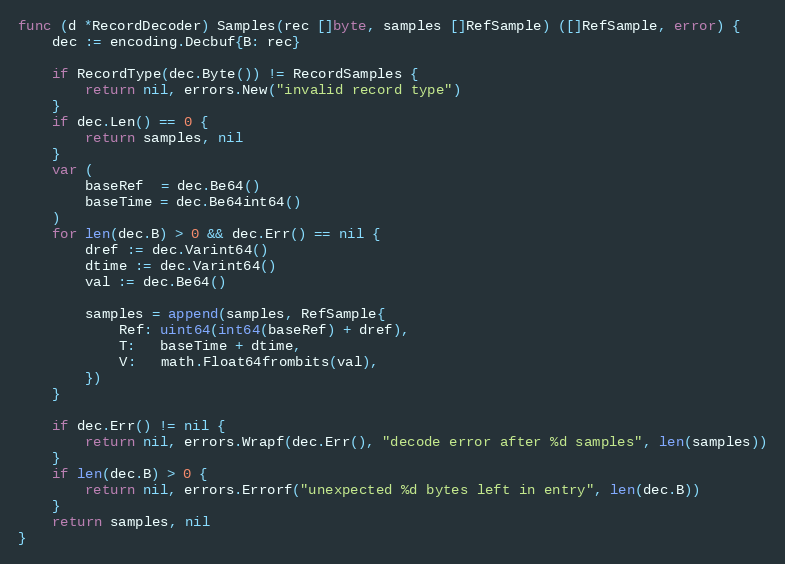
Language: Go
func (d *RecordDecoder) Samples(rec []byte, samples []RefSample) ([]RefSample, error) {
	dec := encoding.Decbuf{B: rec}

	if RecordType(dec.Byte()) != RecordSamples {
		return nil, errors.New("invalid record type")
	}
	if dec.Len() == 0 {
		return samples, nil
	}
	var (
		baseRef  = dec.Be64()
		baseTime = dec.Be64int64()
	)
	for len(dec.B) > 0 && dec.Err() == nil {
		dref := dec.Varint64()
		dtime := dec.Varint64()
		val := dec.Be64()

		samples = append(samples, RefSample{
			Ref: uint64(int64(baseRef) + dref),
			T:   baseTime + dtime,
			V:   math.Float64frombits(val),
		})
	}

	if dec.Err() != nil {
		return nil, errors.Wrapf(dec.Err(), "decode error after %d samples", len(samples))
	}
	if len(dec.B) > 0 {
		return nil, errors.Errorf("unexpected %d bytes left in entry", len(dec.B))
	}
	return samples, nil
}